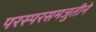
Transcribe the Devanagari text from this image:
परस्परसमजुतीने